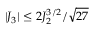
| J _ { 3 } | \le 2 J _ { 2 } ^ { 3 / 2 } / \sqrt { 2 7 }